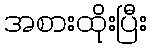
အစားထိုးပြီး